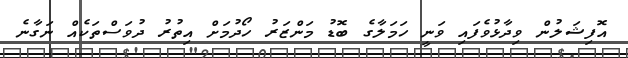
އޮފިޝަލުން ވިދާޅުވެފައި ވަނީ ހަމަލާގެ ބޮޑު މަންޒަރު ހޯދުމަށް އިތުރު ދުވަސްތަކެއް ނަގާނެ